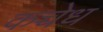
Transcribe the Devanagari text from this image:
कच्चेध